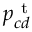
p _ { c d } ^ { \mathrm { ~ t ~ } }